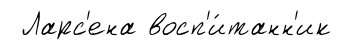
Ларс'ена восп'и́танн'ик